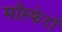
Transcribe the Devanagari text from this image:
मॉस्फेटों